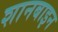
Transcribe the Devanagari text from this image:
शानबाइन